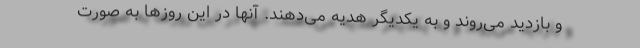
و بازدید می‌روند و به یکدیگر هدیه می‌دهند. آنها در این روزها به صورت